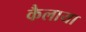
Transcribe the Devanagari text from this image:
कैलाया